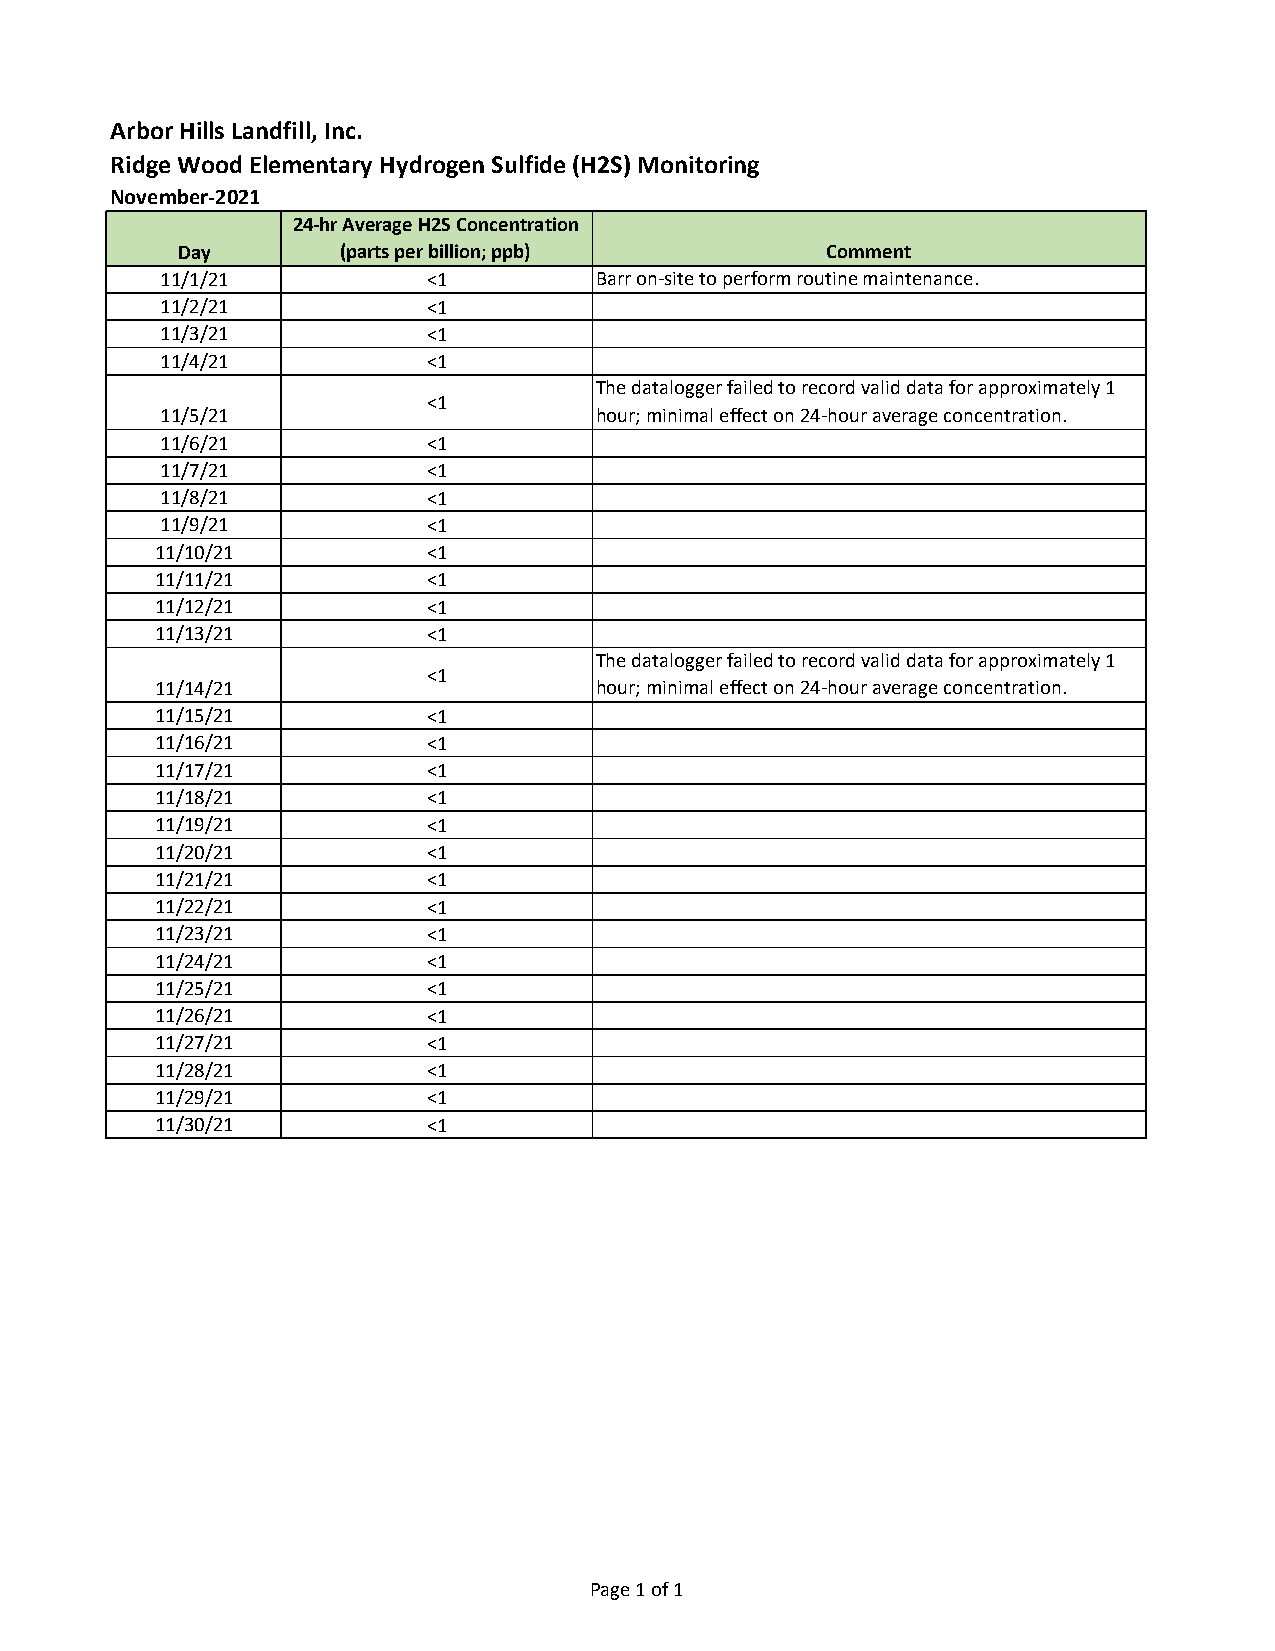
Arbor Hills Landfill, Inc.
 Ridge Wood Elementary Hydrogen Sulfide (H2S) Monitoring
 November-2021
 24-hr Average H2S Concentration
 Day        (parts per billion; ppb)        Comment
 11/1/21          <1         Barr on-site to perform routine maintenance.
 11/2/21          <1
 11/3/21          <1
 11/4/21          <1
 The datalogger failed to record valid data for approximately 1
 <1
 11/5/21                     hour; minimal effect on 24-hour average concentration.
 11/6/21          <1
 11/7/21          <1
 11/8/21          <1
 11/9/21          <1
 11/10/21          <1
 11/11/21          <1
 11/12/21          <1
 11/13/21          <1
 The datalogger failed to record valid data for approximately 1
 <1
 11/14/21                     hour; minimal effect on 24-hour average concentration.
 11/15/21          <1
 11/16/21          <1
 11/17/21          <1
 11/18/21          <1
 11/19/21          <1
 11/20/21          <1
 11/21/21          <1
 11/22/21          <1
 11/23/21          <1
 11/24/21          <1
 11/25/21          <1
 11/26/21          <1
 11/27/21          <1
 11/28/21          <1
 11/29/21          <1
 11/30/21          <1
 Page 1 of 1